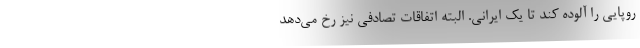
روپایی را آلوده کند تا یک ایرانی. البته اتفاقات تصادفی نیز رخ می‌دهد-